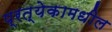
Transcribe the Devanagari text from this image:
प्रत्येकामधील